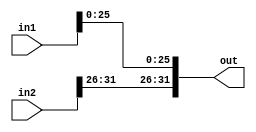
`timescale 1ns / 1ps
//////////////////////////////////////////////////////////////////////////////////
// Company: 
// Engineer: 
// 
// Design Name: 
// Module Name: MCP_Jump_Encoder
// Project Name: 
// Target Devices: 
// Tool Versions: 
// Description: 
// 
// Dependencies: 
// 
// Revision:
// Revision 0.01 - File Created
// Additional Comments:
// 
//////////////////////////////////////////////////////////////////////////////////


module MCP_Jump_Encoder #(parameter WL = 32)
                     (input wire [WL - 1:0] in1, in2,
                      output reg [WL - 1:0] out);
    always @*
    begin
        out = {in2[WL - 1: WL - 6], in1[WL - 7:0]}; //all this module is doing is putting the last 6 bits of in2 onto in1
    end
endmodule